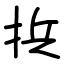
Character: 捠